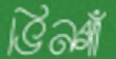
ভিনগাঁ